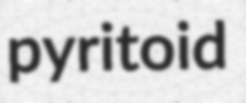
pyritoid